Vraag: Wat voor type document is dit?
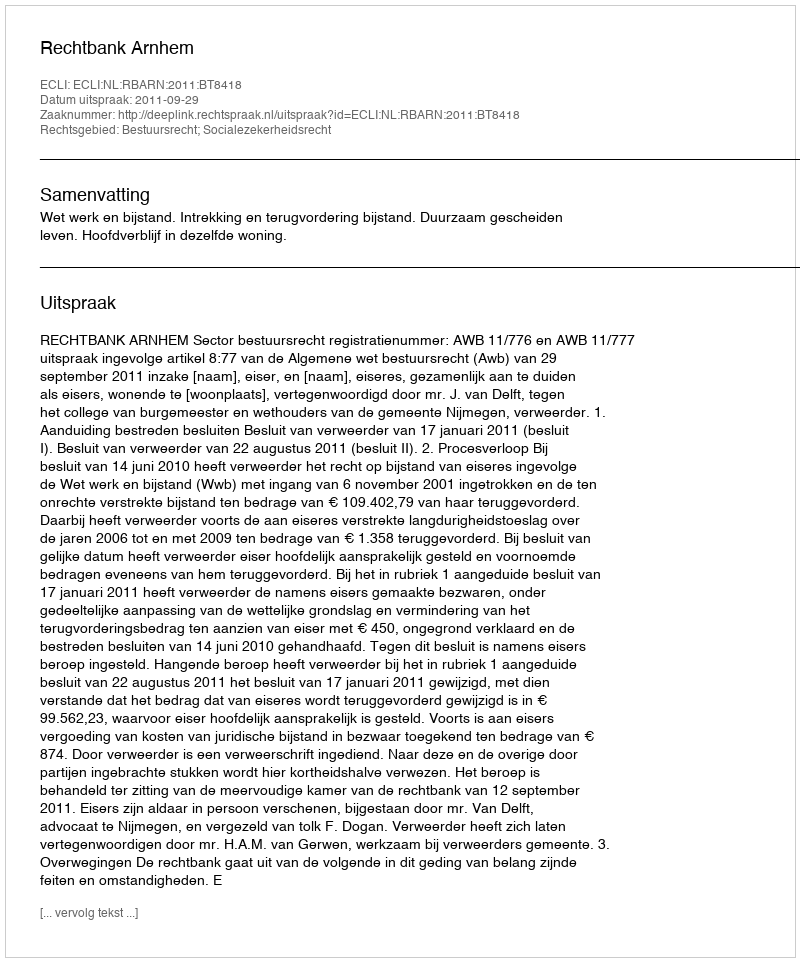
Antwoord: Uitspraak